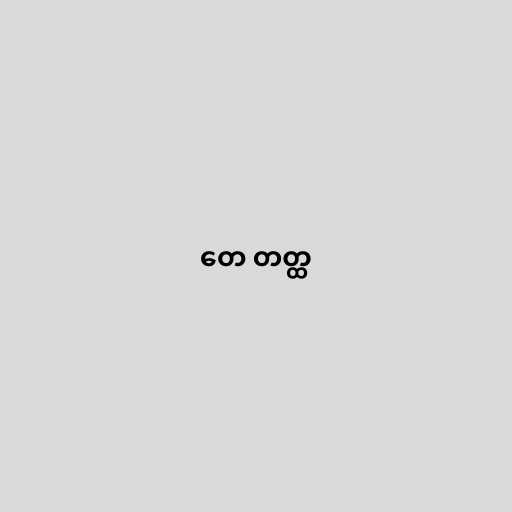
တေ တတ္ထ